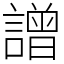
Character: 譄